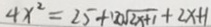
4 x ^ { 2 } = 2 5 + 1 2 0 \sqrt { 2 x + 1 } + 2 x + 1